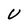
Character: U